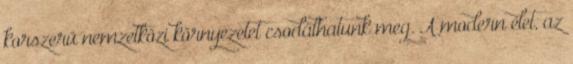
korszerű nemzetközi környezetet csodálhatunk meg. A modern élet, az